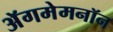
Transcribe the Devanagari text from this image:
अॅगमेमनॉन